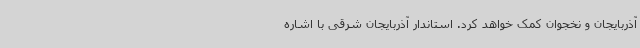
آذربایجان و نخجوان کمک خواهد کرد. استاندار آذربایجان شرقی با اشاره